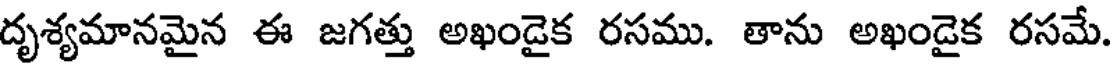
దృశ్యమానమైన ఈ జగత్తు అఖండైక రసము. తాను అఖండైక రసమే.